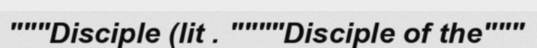
"""Disciple (lit . """"Disciple of the"""